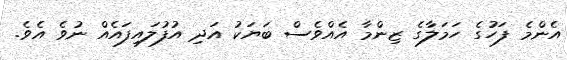
އެންމެ ފަހުގެ ހަމަލާގެ ޒިންމާ އެއްވެސް ބަޔަކު އަދި އުފުލައިފައެއް ނުވެ އެވެ.